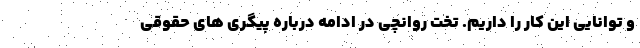
و توانایی این کار را داریم. تخت روانچی در ادامه درباره پیگری های حقوقی